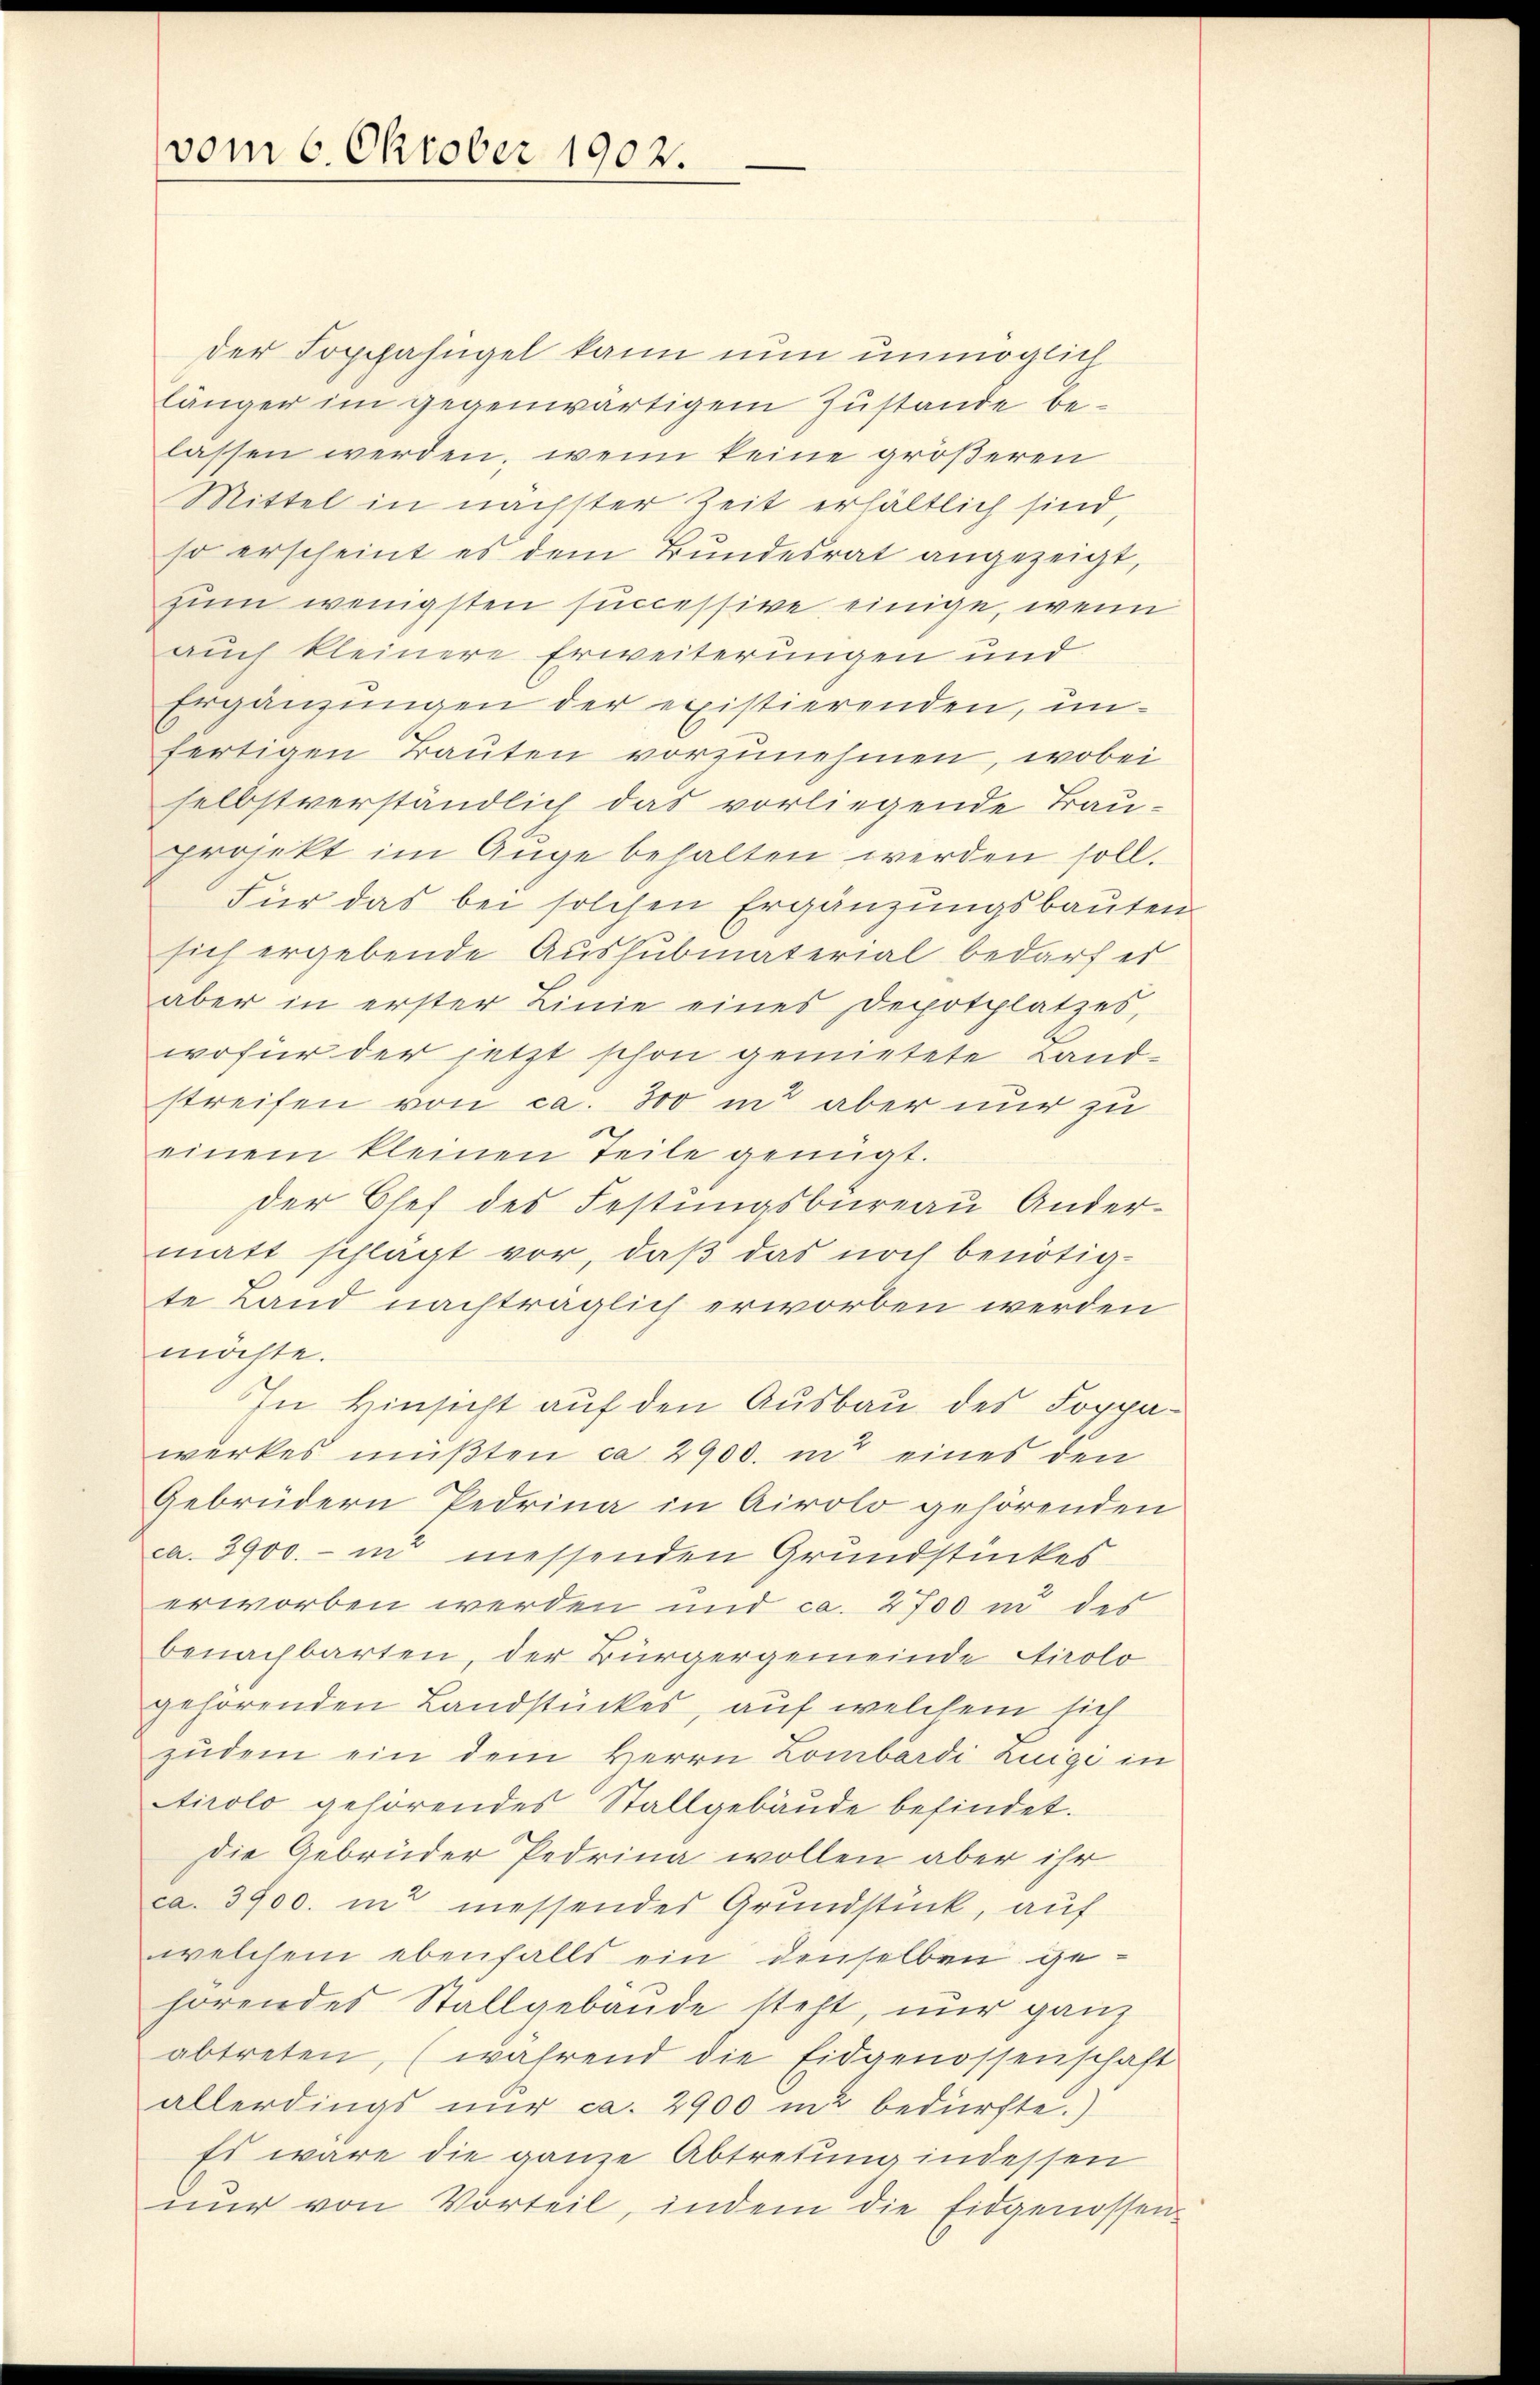
vom 6. Oktober 1902.

der Soppahügel kann nun unmöglich
länger im gegenwärtigem Zustande belassen werden, wenn keine größeren
Mittel in nächster Zeit erhältlich sind,
so erscheint es dem Bundesrat angezeigt,
zum wenigsten successive einige, wenn
auch kleinere Erweiterungen und
Ergänzungen der existierenden, unfertigen Trauten vorzunehmen, wobei
selbstverständlich das vorliegende Trauprojekt im Auge behalten werden soll.
Für das bei solchen Ergänzungsbauten
sich ergebende Aussubmaterial bedarf es
aber in erster Linie eines Depotplatzes,
wofür der jetzt schon gemietete Land-
streifen von ca. 300 und aber nur zu
einem kleinen Teile genügt.
der Chef des Festungsbureau Andermatt schlägt vor, daß das noch benötig-
te Land nachträglich erworben werden
möchte.
In Hinsicht auf den Ausbau des Soppawerkes müßten ca 2900. in eines den
Gebrüdern Pedrina in Airolo gehörenden
ca. 3900.- in messenden Grundstückes
erworben werden und ca. 2700 in des
benachbarten, der Bürgergemeinde Airolo
gehörenden Landstückes, auf welchem sich
zudem ein dem Herrn Lombardi Luigi in
Airolo gehörendes Stallgebäude befindet.
die Gebrüder Pedrina wollen aber ihr
ca. 3900. in messendes Grundstück, auf
welchem ebenfalls ein denselben gehörendes Stallgebäude steht, nur ganz
abtreten, (während die Eidgenossenschaft
allerdings nur ca. 2900 m2 bedürfte.)
Es wäre die ganze Abtretung indessen
nur von Vorteil, indem die Eidgenossen-